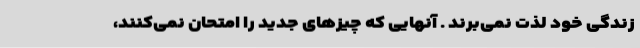
زندگی خود لذت نمی‌برند . آنهایی که چیزهای جدید را امتحان نمی‌کنند،